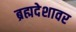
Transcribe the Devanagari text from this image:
ब्रह्मदेशावर